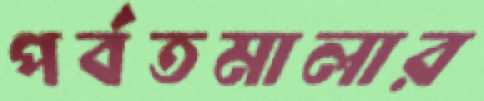
পর্বতমালার